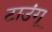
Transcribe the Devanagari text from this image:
टाउंगू